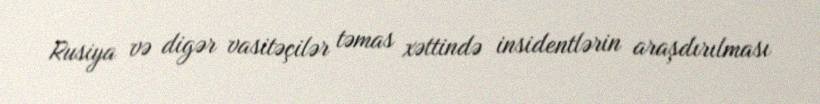
Rusiya və digər vasitəçilər təmas xəttində insidentlərin araşdırılması